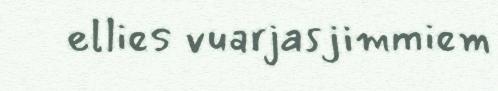
ellies vuarjasjimmiem